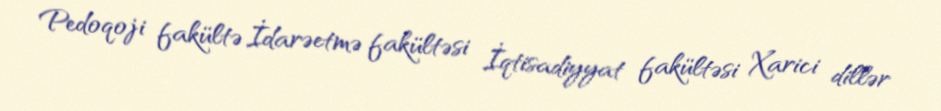
Pedoqoji fakültə İdarəetmə fakültəsi İqtisadiyyat fakültəsi Xarici dillər